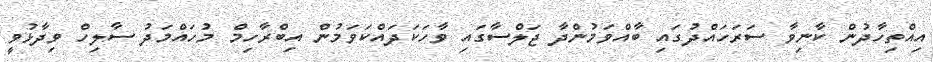
އިއްތިހާދުން ކާނިވާ ސަރަހައްދުގައި ބާއްވަމުންދާ ޖަލްސާގައި ވާހަކަދައްކަވަމުން އިބްރާހިމް މުހައްމަދު ސާލިހް ވިދާޅުވީ